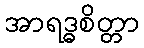
အာရဒ္ဓစိတ္တာ